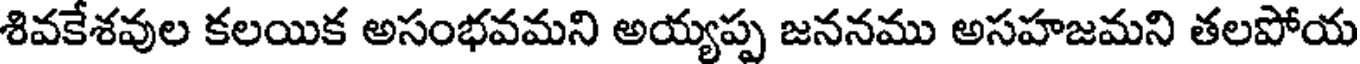
శివకేశవుల కలయిక అసంభవమని అయ్యప్ప జననము అసహజమని తలపోయ